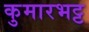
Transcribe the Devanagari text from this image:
कुमारभट्ट